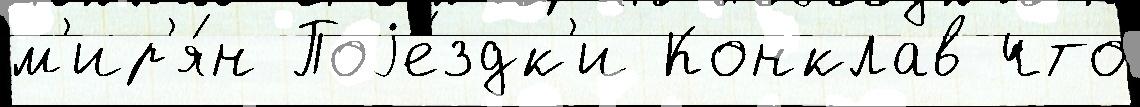
м'ир'я́н Поjе́здк'и Конклав что